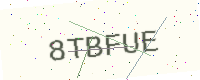
Text: 8TBFUE